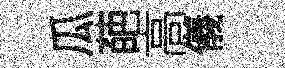
瓜葩高儀